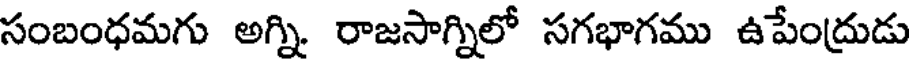
సంబంధమగు అగ్ని. రాజసాగ్నిలో సగభాగము ఉపేంద్రుడు